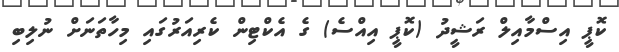
ކޮޕީ އިސްމާއިލް ރަޝީދު (ކޮޕީ އިއްސެ) ގެ އެކްޓިން ކެރިއަރުގައި މިހާތަނަށް ނުލިބި